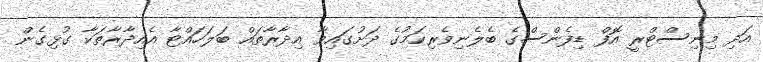
އަދި މިނިސްޓްރީ އޮފް ޑިފެންސްގެ ބެލެނިވެރިކަމުގެ ދަށުގައިވާ އިދާރާތައް ބަލަހައްޓާ އެއިދާރާތަކާ ގުޅިގެން